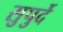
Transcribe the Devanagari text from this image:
सुपुर्दे